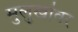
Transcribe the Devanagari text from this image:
मुलुखांवर